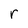
Character: r